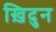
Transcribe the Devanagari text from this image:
ख़िदुन